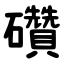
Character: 礸